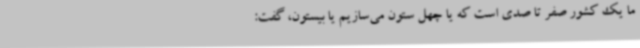
ما یک کشور صفر تا صدی است که یا چهل ستون می‌سازیم یا بیستون، گفت: